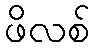
ဖိလစ်